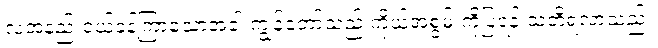
လအနည်းငယ်ခန့်ကြာသောအခါ ကျွန်တော်သည် ကိုယ့်အစွမ်းကိုပြရန် သတိရလာသည်။